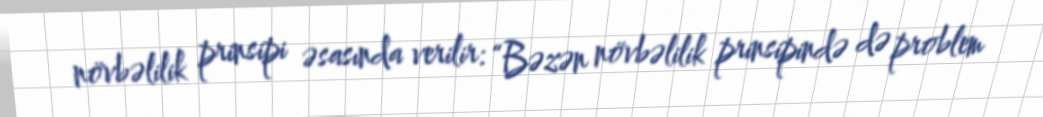
növbəlilik prinsipi əsasında verilir: “Bəzən növbəlilik prinsipində də problem